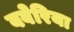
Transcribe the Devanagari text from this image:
बबेरिया